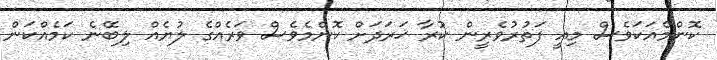
ކޮންމެއަކަވެސް މިއީ ފަތުރުވެރީން ކުރާ ޚަރަދަށް ކޮންމެވެސް ވަރެއްގެ ލުޔެއް ލިބޭނެ ކަމެއްކަން